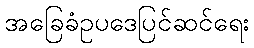
အခြေခံဥပဒေပြင်ဆင်ရေး